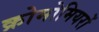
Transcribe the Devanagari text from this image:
क्रोमोमियरों